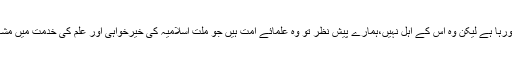
سب سے پہلے واضح ہوکہ علمائے کرام سے مراد وہ لوگ نہیںجن کا شمار تو اہل علم میں ہورہا ہے لیکن وہ اس کے اہل نہیں،ہمارے پیش نظر تو وہ علمائے امت ہیں جو ملت اسلامیہ کی خیرخواہی اور علم کی خدمت میں مشہورو معروف ہیں، ایسے علمائے ربانی کی اتباع کے تعلق سے ہمارا موقف کیا ہونا چاہیے؟